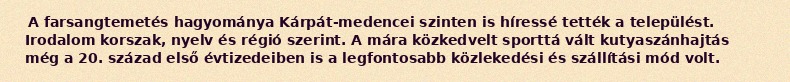
A farsangtemetés hagyománya Kárpát-medencei szinten is híressé tették a települést. Irodalom korszak, nyelv és régió szerint. A mára közkedvelt sporttá vált kutyaszánhajtás még a 20. század első évtizedeiben is a legfontosabb közlekedési és szállítási mód volt.